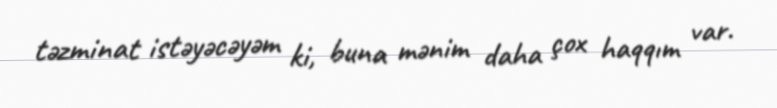
təzminat istəyəcəyəm ki, buna mənim daha çox haqqım var.